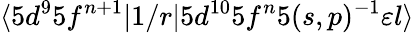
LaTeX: \langle 5d^{9}5f^{n+1}|1/r|5d^{10}5f^{n}5(s,p)^{-1}\varepsilon{l}\rangle